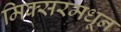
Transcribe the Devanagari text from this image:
मिक्सरमधून